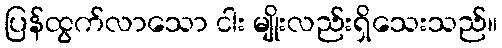
ပြန်ထွက်လာသော ငါး မျိုးလည်းရှိသေးသည်။